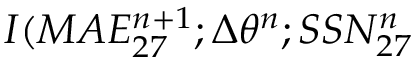
I ( M A E _ { 2 7 } ^ { n + 1 } ; \Delta \theta ^ { n } ; S S N _ { 2 7 } ^ { n }